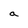
Character: a